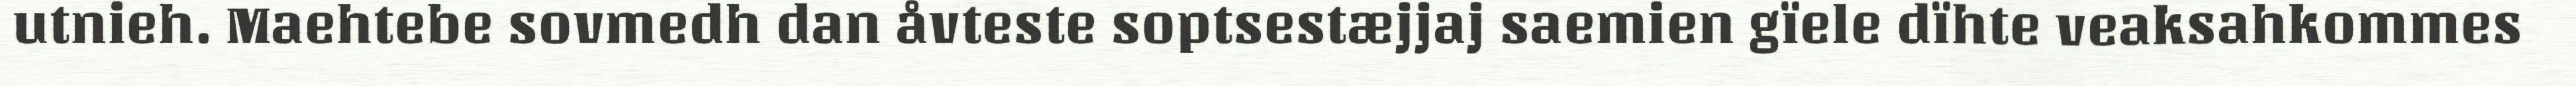
utnieh. Maehtebe sovmedh dan åvteste soptsestæjjaj saemien gïele dïhte veaksahkommes